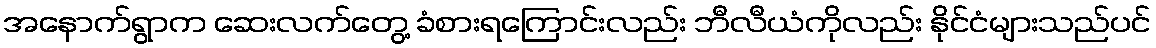
အနောက်ရွာက ဆေးလက်တွေ့ ခံစားရကြောင်းလည်း ဘီလီယံကိုလည်း နိုင်ငံများသည်ပင်